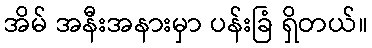
အိမ် အနီးအနားမှာ ပန်းခြံ ရှိတယ်။